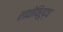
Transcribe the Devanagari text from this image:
शाळेविरुद्ध